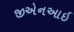
જીએનઆઇ